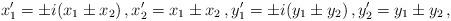
LaTeX: \begin{align*}x_1^\prime = \pm i(x_1 \pm x_2) \, , x_2^\prime = x_1 \pm x_2 \, , y_1^\prime = \pm i (y_1 \pm y_2) \, , y_2^\prime = y_1 \pm y_2 \, , \end{align*}